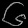
Digit: ၆